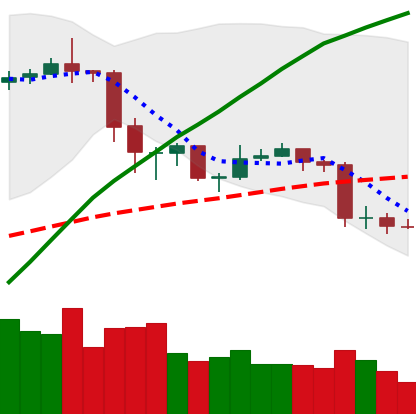
Ticker: ETC-USD
Chart end date: 2020-02-29
Forward return: 10.687%
Label: up_7plus